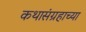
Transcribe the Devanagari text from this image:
कथासंग्रहाच्या